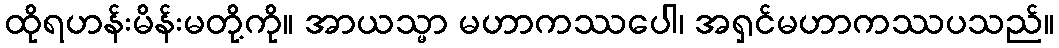
ထိုရဟန်းမိန်းမတို့ကို။ အာယသ္မာ မဟာကဿပေါ၊ အရှင်မဟာကဿပသည်။